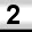
Digit: 2